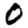
Digit: 0